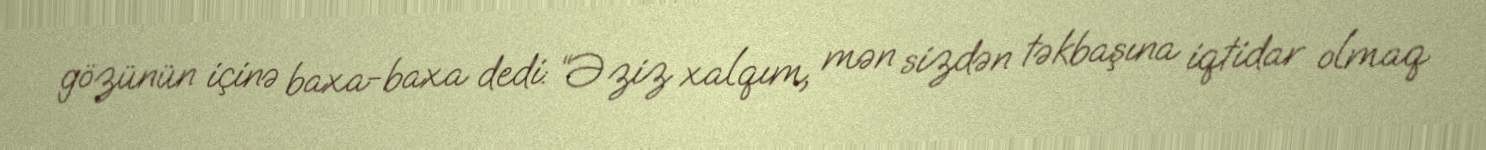
gözünün içinə baxa-baxa dedi: “Əziz xalqım, mən sizdən təkbaşına iqtidar olmaq